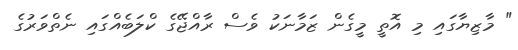
" މާޒިޔާގައި މި އޮތީ މީގެން ޒަމާނަކު ވެސް ރާއްޖޭގެ ކްލަބެއްގައި ނެތްވަރުގެ